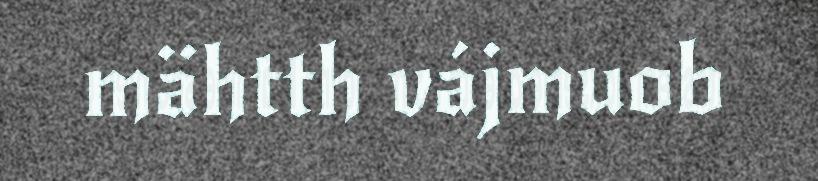
mähtth vájmuob